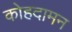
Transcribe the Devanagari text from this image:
कोहदामन